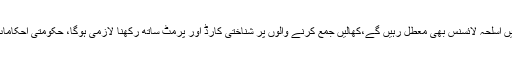
محکمہ داخلہ سندھ نے واضح کیا ہے کہ قربانی کے دنوں میں اسلحہ لائسنس بھی معطل رہیں گے،کھالیں جمع کرنے والوں پر شناختی کارڈ اور پرمٹ ساتھ رکھنا لازمی ہوگا، حکومتی احکامات کی خلاف ورزی پرجمع شدہ کھالیں ضبط کرلی جائیں گی۔